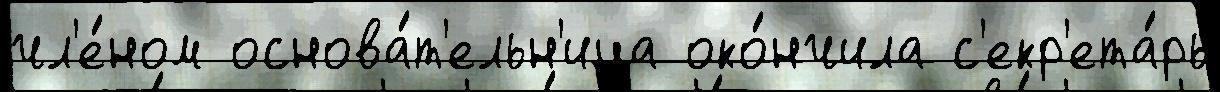
чл'е́ном основа́т'ельн'ица око́нчила с'екр'ета́рь